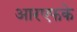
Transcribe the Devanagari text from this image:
आरएफके